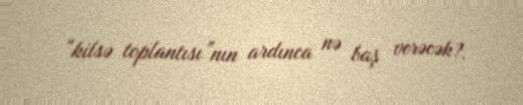
“kilsə toplantısı”nın ardınca nə baş verəcək?.